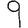
Digit: 9